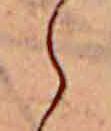
ら